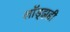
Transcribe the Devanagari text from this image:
लॉड्झही